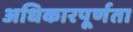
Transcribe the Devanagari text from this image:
अधिकारपूर्णता